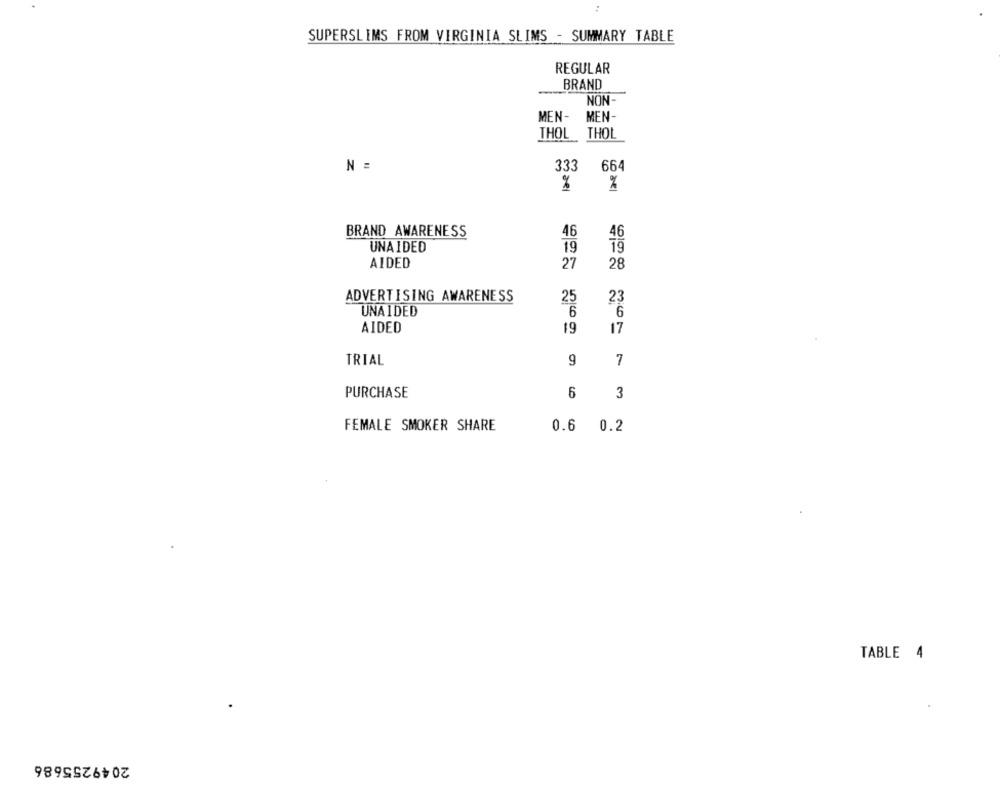
SUPERSLIMS FROM VIRGINIA SLIMS - SUMMARY TABLE
REGULAR
BRAND
NON-
MEN-
MEN
THOL THOL
664
N =
333
%
BRAND AWARENESS
46
46
UNAIDED
19
79
AIDED
27
28
ADVERTISING AWARENESS
25
23
UNAIDED
6
6
AIDED
19
17
TRIAL
9
7
PURCHASE
6
3
FEMALE SMOKER SHARE
0.6 0.2
TABLE 4
2049255686